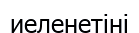
иеленетіні